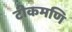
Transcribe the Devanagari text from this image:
टीकमणि